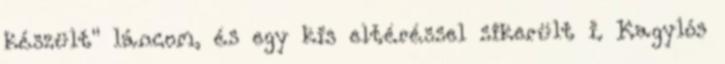
készült" láncom, és egy kis eltéréssel sikerült i. Kagylós